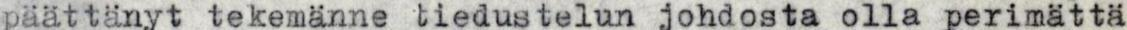
päättänyt tekemänne tiedustelun johdosta olla perimättä